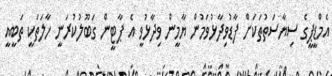
އެމްޑީޕީގެ ސިޔާސަތުތަކަށް ފާޑުވިދާޅުވަމުން ޔާމީން ވިދާޅުވީ އެ ޕާޓީން ގަބޫލުކުރަނީ ހާލަތަކީ ތަބީއީ